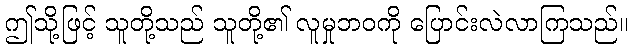
ဤသို့ဖြင့် သူတို့သည် သူတို့၏ လူမှုဘဝကို ပြောင်းလဲလာကြသည်။